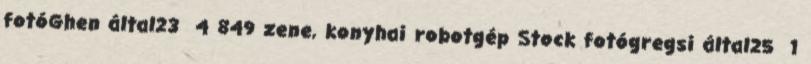
fotóGhen által23 4 849 zene, konyhai robotgép Stock fotógregsi által25 1